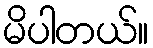
မိပါတယ်။